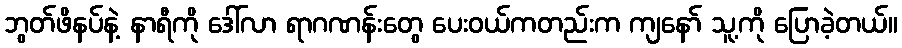
ဘွတ်ဖိနပ်နဲ့ နာရီကို ဒေါ်လာ ရာဂဏန်းတွေ ပေးဝယ်ကတည်းက ကျနော် သူ့ကို ပြောခဲ့တယ်။